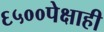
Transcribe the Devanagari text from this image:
६५००पेक्षाही